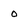
Character: 0